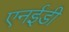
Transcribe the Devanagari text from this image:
एनईडी